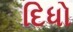
દિધો